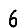
Digit: 6